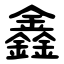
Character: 鑫